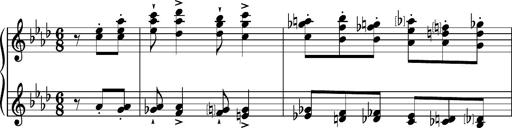
Title: Album-Leaf 'Dublin', S.164r
Composer: Franz Liszt
Key: A-flat major